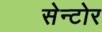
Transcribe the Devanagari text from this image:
सेन्टोर